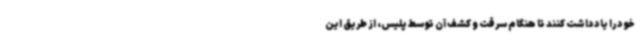
خود را یادداشت کنند تا هنگام سرقت و کشف آن توسط پلیس، از طریق این